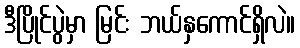
ဒီပြိုင်ပွဲမှာ မြင်း ဘယ်နှကောင်ရှိလဲ။